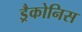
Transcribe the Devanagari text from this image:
ड्रैकोनिस